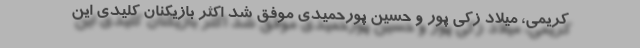
کریمی، میلاد زکی پور و حسین پورحمیدی موفق شد اکثر بازیکنان کلیدی این